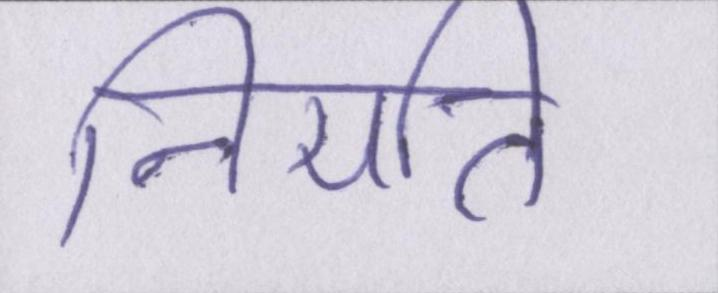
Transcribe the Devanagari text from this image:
नियति